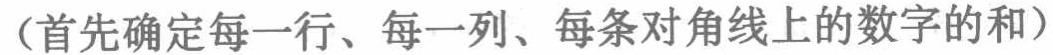
（首先确定每一行、每一列、每条对角线上的数字的和）